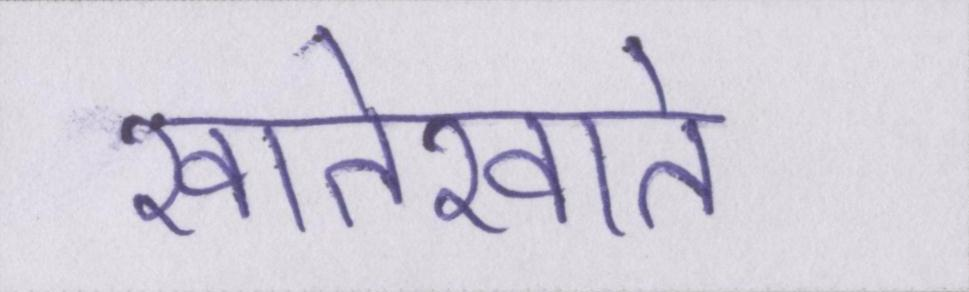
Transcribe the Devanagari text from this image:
खातेखाते